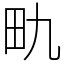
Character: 𪽇